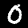
Label: 0